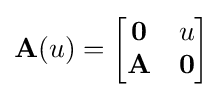
\mathbf {A} (u)={\begin{bmatrix}\mathbf {0} &u\\\mathbf {A} &\mathbf {0} \\\end{bmatrix}}